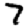
Digit: 7